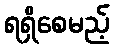
ရရှိစေမည့်